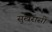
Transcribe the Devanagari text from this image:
सुखरासी